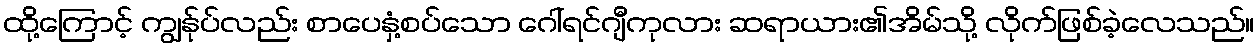
ထို့ကြောင့် ကျွန်ုပ်လည်း စာပေနှံ့စပ်သော ဂေါ်ရင်ဂျီကုလား ဆရာယား၏အိမ်သို့ လိုက်ဖြစ်ခဲ့လေသည်။